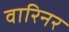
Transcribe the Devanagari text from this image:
वारिनर